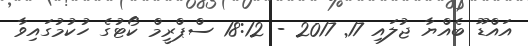
އައްޑޫ ބެއްޔާ ޖުލައި 17